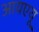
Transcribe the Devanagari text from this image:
आयएयू